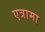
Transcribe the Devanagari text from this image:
एत्रामा